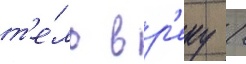
т'е́ло в р'еку /